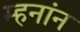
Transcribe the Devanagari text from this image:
म्हनांन